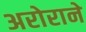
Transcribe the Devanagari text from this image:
अरोराने